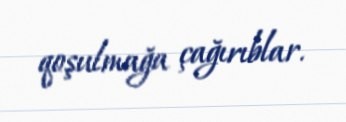
qoşulmağa çağırıblar.